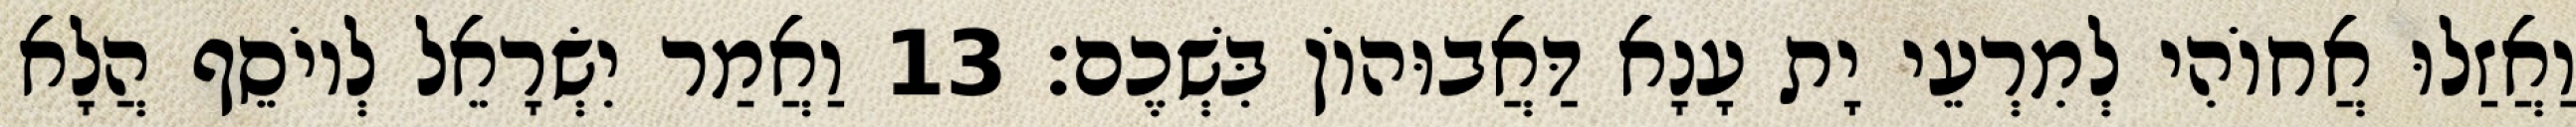
וַאֲזַלוּ אֲחוֹהִי לְמִרְעֵי יָת עָנָא דַּאֲבוּהוֹן בִּשְׁכֶם׃ 13 וַאֲמַר יִשְׂרָאֵל לְיוֹסֵף הֲלָא